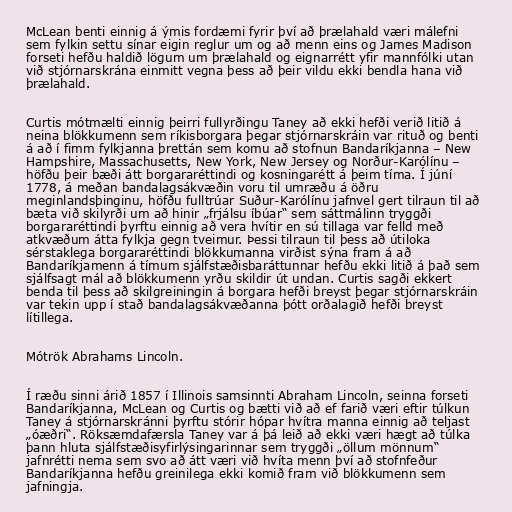
McLean benti einnig á ýmis fordæmi fyrir því að þrælahald væri málefni
sem fylkin settu sínar eigin reglur um og að menn eins og James Madison
forseti hefðu haldið lögum um þrælahald og eignarrétt yfir mannfólki utan
við stjórnarskrána einmitt vegna þess að þeir vildu ekki bendla hana við
þrælahald.

Curtis mótmælti einnig þeirri fullyrðingu Taney að ekki hefði verið litið á
neina blökkumenn sem ríkisborgara þegar stjórnarskráin var rituð og benti
á að í fimm fylkjanna þrettán sem komu að stofnun Bandaríkjanna – New
Hampshire, Massachusetts, New York, New Jersey og Norður-Karólínu –
höfðu þeir bæði átt borgararéttindi og kosningarétt á þeim tíma. Í júní
1778, á meðan bandalagsákvæðin voru til umræðu á öðru
meginlandsþinginu, höfðu fulltrúar Suður-Karólínu jafnvel gert tilraun til að
bæta við skilyrði um að hinir „frjálsu íbúar“ sem sáttmálinn tryggði
borgararéttindi þyrftu einnig að vera hvítir en sú tillaga var felld með
atkvæðum átta fylkja gegn tveimur. Þessi tilraun til þess að útiloka
sérstaklega borgararéttindi blökkumanna virðist sýna fram á að
Bandaríkjamenn á tímum sjálfstæðisbaráttunnar hefðu ekki litið á það sem
sjálfsagt mál að blökkumenn yrðu skildir út undan. Curtis sagði ekkert
benda til þess að skilgreiningin á borgara hefði breyst þegar stjórnarskráin
var tekin upp í stað bandalagsákvæðanna þótt orðalagið hefði breyst
lítillega.

Mótrök Abrahams Lincoln.

Í ræðu sinni árið 1857 í Illinois samsinnti Abraham Lincoln, seinna forseti
Bandaríkjanna, McLean og Curtis og bætti við að ef farið væri eftir túlkun
Taney á stjórnarskránni þyrftu stórir hópar hvítra manna einnig að teljast
„óæðri“. Röksæmdafærsla Taney var á þá leið að ekki væri hægt að túlka
þann hluta sjálfstæðisyfirlýsingarinnar sem tryggði „öllum mönnum“
jafnrétti nema sem svo að átt væri við hvíta menn því að stofnfeður
Bandaríkjanna hefðu greinilega ekki komið fram við blökkumenn sem
jafningja.